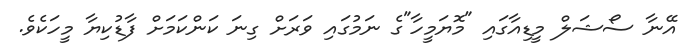
އޭނާ ސޯޝަލް މީޑިއާގައި "މޮޔަމީހާ"ގެ ނަމުގައި ވަރަށް ގިނަ ކަންކަމަށް ފާޑުކިޔާ މީހަކެވެ.